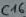
Text: C16